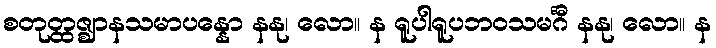
စတုတ္ထဇ္ဈာနသမာပန္နော နနု၊ လော။ န ရူပါရူပဘဝသမင်္ဂီ နနု၊ လော။ န